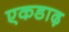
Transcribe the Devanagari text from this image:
एकडाढ़